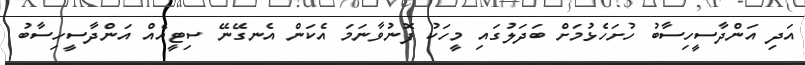
އަދި އަންދާސީހިސާބު ހުށަހެޅުމަށް ބަދަލުގައި މީހަކު ފޮނުވާނަމަ އެކަން އެނގޭނޭ ސިޓީއެއް އަންދާސީހިސާބު